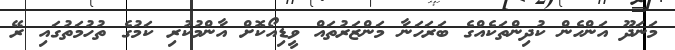
މަނަދޫ އަންހެން ކުދިންތަކެއްގެ ބަރަހަނާ މަންޒަރުތައް ވީޑިއޯކޮށް އާންމުކުރި ކަމުގެ ތުހުމަތުގައި ރޭ